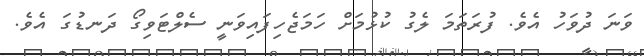
ވަނަ ދުވަހު އެވެ. ފުރަތަމަ ލެގު ކުޅުމަށް ހަމަޖެހިފައިވަނީ ސެލްޓަވިގޯ ދަނޑުގަ އެވެ.